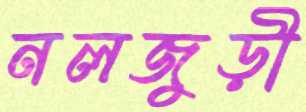
নলজুড়ী